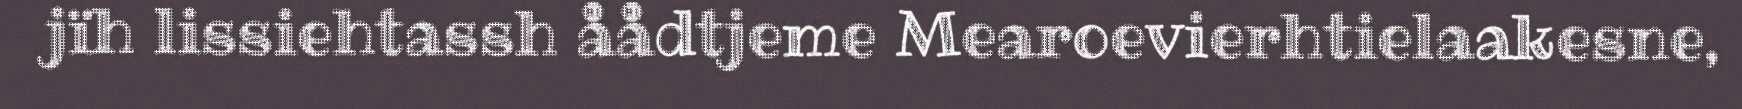
jïh lissiehtassh åådtjeme Mearoevierhtielaakesne,